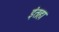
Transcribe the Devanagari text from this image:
इंतहा